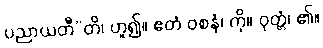
ပညာယတီ”တိ၊ ဟူ၍။ ဧတံ ဝစနံ၊ ကို။ ဝုတ္တံ၊ ၏။